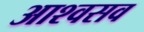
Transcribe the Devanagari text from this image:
आश्वसव